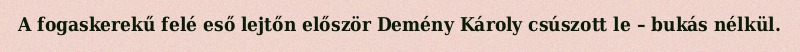
A fogaskerekű felé eső lejtőn először Demény Károly csúszott le – bukás nélkül.